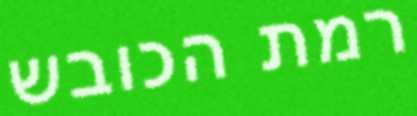
רמת הכובש